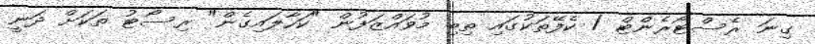
ގިނަ ރެސްޓޯރެންޓް / ކެފޭތަކުގައި ތިބި މުވައްޒަފުން "ކަހާލައިގެން" ރިސޯޓު ތަކަށް ދަނީ